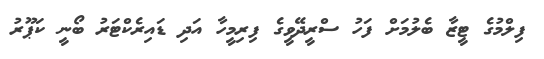
ފިލްމުގެ ޓީޒާ ބެލުމަށް ފަހު ސްރީދޭވީގެ ފިރިމީހާ އަދި ޑައިރެކްޓަރު ބޯނީ ކަޕޫރު